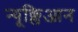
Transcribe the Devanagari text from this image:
न्यूक्लिआन